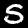
Label: 5